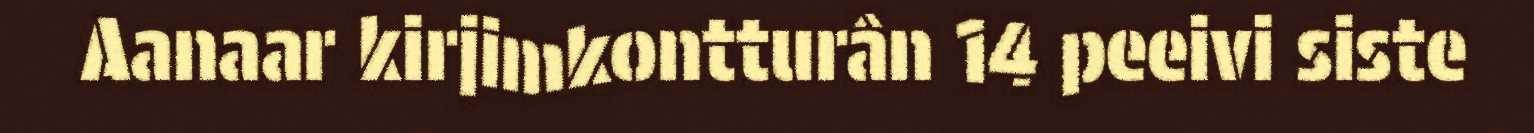
Aanaar kirjimkontturân 14 peeivi siste